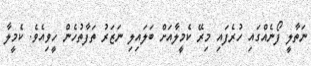
ނަތާލީ ފޯނެއްގައި ހުރެފައި މިރޭ ކެމީލާއަށް ބަލައިލި ނަޒަރު ތަފާތުހެން ހީވިއެވެ. ކެމީލާ